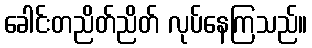
ခေါင်းတညိတ်ညိတ် လုပ်နေကြသည်။